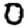
Digit: 0